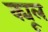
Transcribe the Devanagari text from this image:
क्यूल